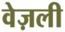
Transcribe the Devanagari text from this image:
वेज़ली